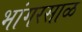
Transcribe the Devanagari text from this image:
भांगरसाळ